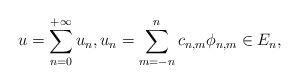
LaTeX: \begin{align*}u=\sum_{n=0}^{+\infty}u_n, u_n= \sum_{m=-n}^{n}c_{n,m}\phi_{n,m}\in E_n,\end{align*}